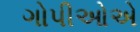
ગોપીઓએ